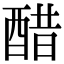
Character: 醋